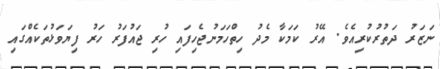
ނަޒަރު ދަތުރުކުރިއެވެ. އޭރު ކަމަކާ މެދު ހިތްހަމަނުޖެހިފައި ހުރި ޖައުފަރު ހަރު ފިޔަވަޅުތަކެއްގައި